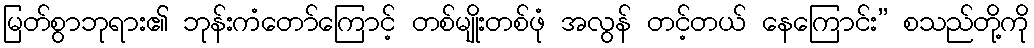
မြတ်စွာဘုရား၏ ဘုန်းကံတော်ကြောင့် တစ်မျိုးတစ်ဖုံ အလွန် တင့်တယ် နေကြောင်း” စသည်တို့ကို